画像に写った文字を読んでください
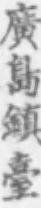
「廣島鎮臺」と書いてあります